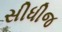
સીધીજ